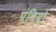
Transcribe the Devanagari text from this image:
पंथियो